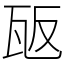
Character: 瓪